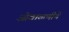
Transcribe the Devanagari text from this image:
ओवाळणीचे